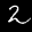
Label: 2